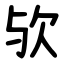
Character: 欤